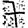
Digit: 7